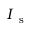
I _ { \mathrm { ~ s ~ } }